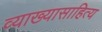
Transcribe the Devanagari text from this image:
व्याख्यासाहित्य